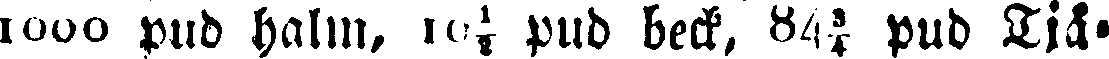
1000 pub halm, 10½ pud beck, 84¾ pud Tjä-